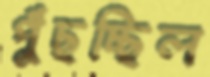
পুঁছচ্ছিল